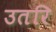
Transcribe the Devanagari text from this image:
उतरि